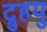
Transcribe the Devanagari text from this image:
द्रुुहयु